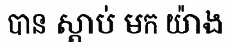
បាន ស្តាប់ មក យ៉ាង